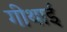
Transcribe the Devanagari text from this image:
गीथाई